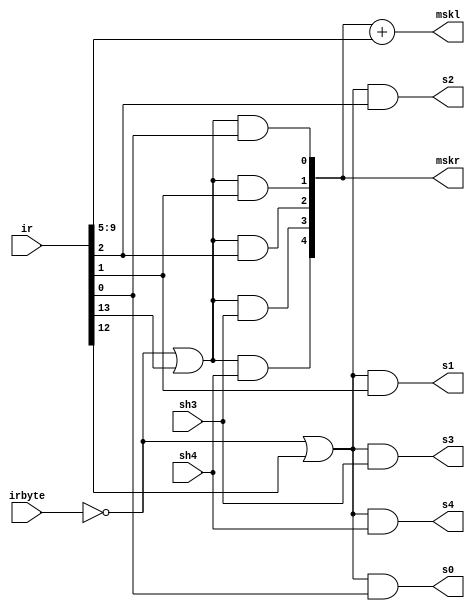
// SMCTL --- SHIFT/MASK CONTROL
//
// ---!!! Add description.
//
// History:
//
//   (20YY-MM-DD HH:mm:ss BRAD) Converted to Verilog.
//	???: Nets added.
//	???: Nets removed.
//   (1978-05-08 07:15:21 TK) Initial.

`timescale 1ns/1ps
`default_nettype none

module SMCTL(/*AUTOARG*/
   // Outputs
   mskl, mskr, s0, s1, s2, s3, s4,
   // Inputs
   ir, irbyte, sh3, sh4
   );

   input [48:0] ir;
   input irbyte;
   input sh3;
   input sh4;

   output [4:0] mskl;
   output [4:0] mskr;

   output s0;
   output s1;
   output s2;
   output s3;
   output s4;

   ////////////////////////////////////////////////////////////////////////////////

   wire mr;
   wire sr;

   ////////////////////////////////////////////////////////////////////////////////

   assign mr = ~irbyte | ir[13];
   assign sr = ~irbyte | ir[12];

   assign mskr[4] = mr & sh4;
   assign mskr[3] = mr & sh3;
   assign mskr[2] = mr & ir[2];
   assign mskr[1] = mr & ir[1];
   assign mskr[0] = mr & ir[0];

   assign s4 = sr & sh4;
   assign s3 = sr & sh3;
   assign s2 = sr & ir[2];
   assign s1 = sr & ir[1];
   assign s0 = sr & ir[0];

   assign mskl = mskr + ir[9:5];

endmodule

`default_nettype wire

// Local Variables:
// verilog-library-directories: ("..")
// End: